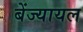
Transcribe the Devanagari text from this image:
बेंज्यायल